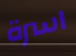
اسرة